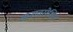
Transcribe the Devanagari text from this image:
अनावरोधित